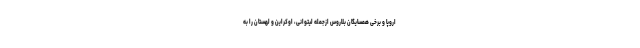
اروپا و برخی همسایگان بلاروس ازجمله لیتوانی، اوکراین و لهستان را به